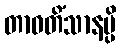
တာဝတိံသာနမ္ပိ